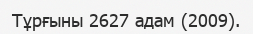
Тұрғыны 2627 адам (2009).